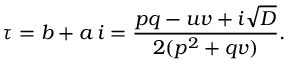
\tau = b + a \, i = \frac { p q - u v + i \sqrt { D } } { 2 ( p ^ { 2 } + q v ) } .